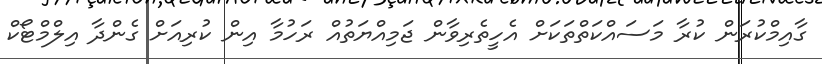
ގާއިމްކުރަން ކުރާ މަސައްކަތްތަކަށް އެހީތެރިވާން ޖަމިއްޔަތުއް ރަހުމާ އިން ކުރިއަށް ގެންދާ އިލްމްޓޯކް